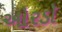
ઓરડૉ